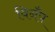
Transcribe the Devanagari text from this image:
विनँप